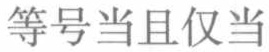
等号当且仅当